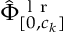
\hat { \Phi } _ { [ 0 , c _ { k } ] } ^ { \mathrm { ~ l ~ r ~ } }